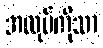
အလုပ်ကိုသာ